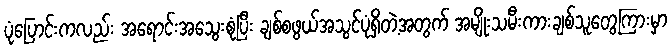
ပုံပြောင်းကလည်း အရောင်းအသွေးစုံပြီး ချစ်စဖွယ်အသွင်ပုံရှိတဲ့အတွက် အမျိုးသမီးကားချစ်သူတွေကြားမှာ